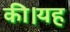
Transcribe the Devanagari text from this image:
की।यह